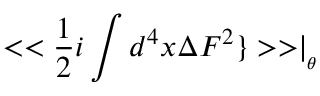
< < \frac { 1 } { 2 } i \int d ^ { 4 } x \Delta F ^ { 2 } \} > > \mid _ { _ { \theta } }